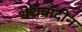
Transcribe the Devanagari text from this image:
थेरावादीन